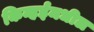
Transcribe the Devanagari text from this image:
किन्हईमधील